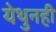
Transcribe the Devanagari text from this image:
येथुनही